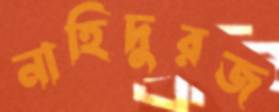
নাহিদুরজ